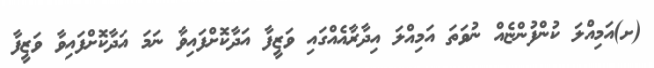
(ށ)އަމިއްލަ ކުންފުންޏެއް ނުވަތަ އަމިއްލަ އިދާރާއެއްގައި ވަޒީފާ އަދާކޮށްފައިވާ ނަމަ އަދާކޮށްފައިވާ ވަޒީފާ